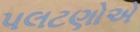
પલટણોએ